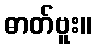
ဓာတ်ဗူး။